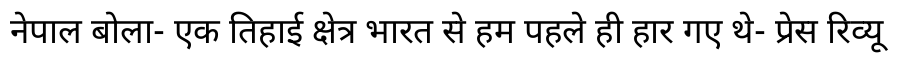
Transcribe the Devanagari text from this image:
नेपाल बोला- एक तिहाई क्षेत्र भारत से हम पहले ही हार गए थे- प्रेस रिव्यू